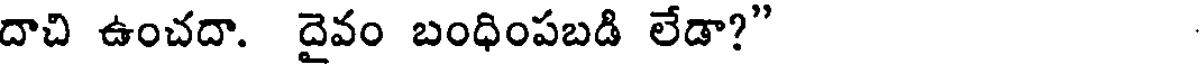
దాచి ఉంచదా. దైవం బంధింపబడి లేడా?"